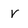
Character: V